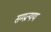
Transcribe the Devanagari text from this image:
सम्प्रत्यय